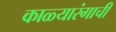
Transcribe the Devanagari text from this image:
काळ्यारंगाची